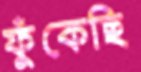
ফুঁকেছি